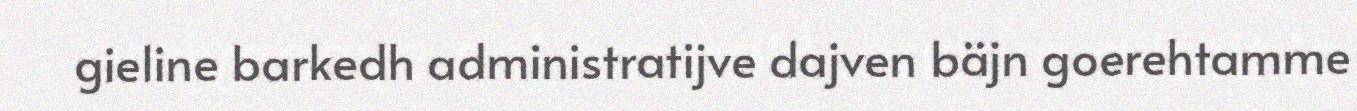
gieline barkedh administratijve dajven bäjn goerehtamme